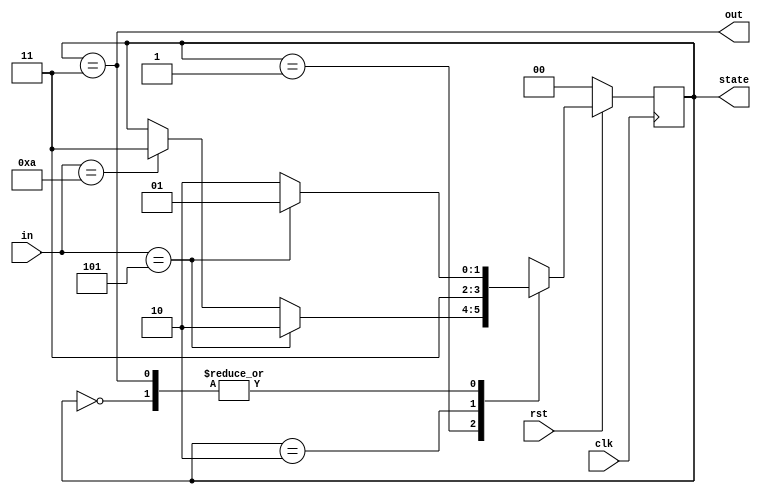
module vending_mcn(input clk,rst,input [3:0]in, output reg out, output [1:0]state);
  reg [1:0]st;
  parameter S0 = 2'b00 , S5= 2'b01 ,S10 = 2'b10, S15= 2'b11 ;
  
  always @(posedge clk) begin
    if(!rst)
      st <= S0;
  else
    case(st)
      S0 : if(in== 5) st= S5; else st = S10; 
      S5 : if(in == 5) st= S10; else if(in == 10) st = S15;
      S10 : if(in == 5) st= S15; else st = S15;
      S15 : if(in == 5) st= S5; else st = S10;
      default st = S0;
    endcase
  end
  assign out = (st== S15) ;
  assign state =st;
endmodule